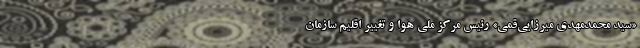
«سید محمدمهدی میرزایی‌قمی» رئیس مرکز ملی هوا و تغییر اقلیم سازمان